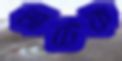
ভাটেক